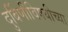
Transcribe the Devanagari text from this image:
दुर्बिणीविषयीच्या